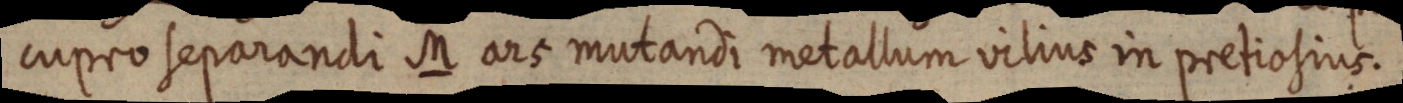
cupro separandi M ars mutandi metallum vilius in pretiosius.